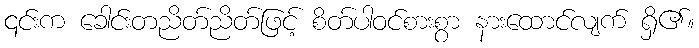
၎င်းက ခေါင်းတညိတ်ညိတ်ဖြင့် စိတ်ပါဝင်စားစွာ နားထောင်လျက် ရှိ၏။